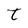
Character: T